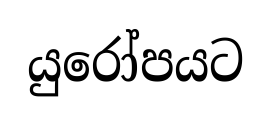
යුරෝපයට